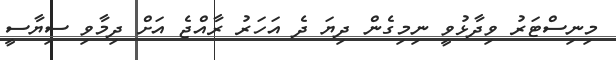
މިނިސްޓަރު ވިދާޅުވީ ނިމިގެން ދިޔަ ދެ އަހަރު ރާއްޖެ އަށް ދިމާވި ސިޔާސީ